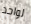
لواحد